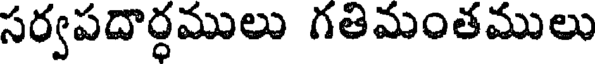
సర్వపదార్ధములు గతిమంతములు